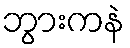
ဘွားကနဲ